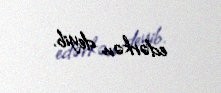
edərkən deyib.